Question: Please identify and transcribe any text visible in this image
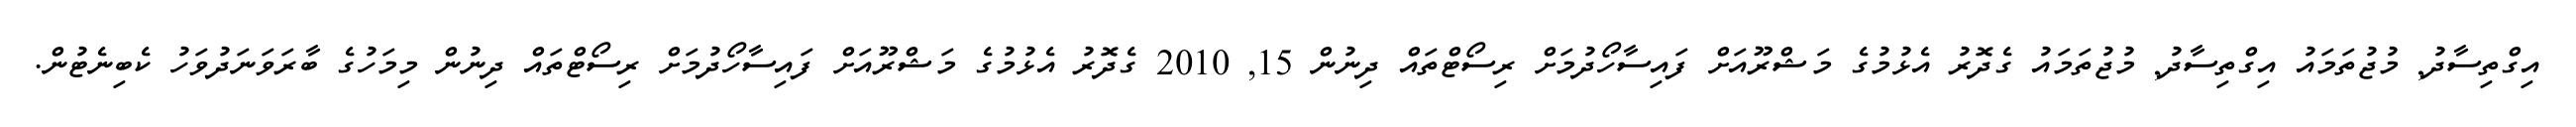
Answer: އިގްތިސާދު, މުޖުތަމައު އިގްތިސާދު, މުޖުތަމައު ގެދޮރު އެޅުމުގެ މަޝްރޫއަށް ފައިސާހޯދުމަށް ރިސޯޓްތައް ދިނުން 15, 2010 ގެދޮރު އެޅުމުގެ މަޝްރޫއަށް ފައިސާހޯދުމަށް ރިސޯޓްތައް ދިނުން މިމަހުގެ ބާރަވަނަދުވަހު ކެބިނެޓުން.